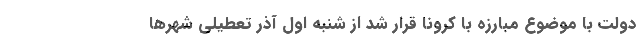
دولت با موضوع مبارزه با کرونا قرار شد از شنبه اول آذر تعطیلی شهرها